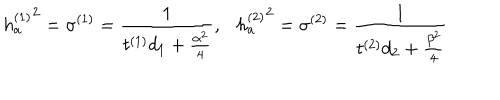
{ h _ { a } ^ { ( 1 ) } } ^ { 2 } = \sigma ^ { ( 1 ) } = { \frac { 1 } { t ^ { ( 1 ) } d _ { 1 } + { \frac { \alpha ^ { 2 } } { 4 } } } } , { h _ { a } ^ { ( 2 ) } } ^ { 2 } = \sigma ^ { ( 2 ) } = { \frac { 1 } { t ^ { ( 2 ) } d _ { 2 } + { \frac { \beta ^ { 2 } } { 4 } } } }